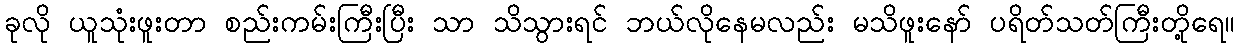
ခုလို ယူသုံးဖူးတာ စည်းကမ်းကြီးပြီး သာ သိသွားရင် ဘယ်လိုနေမလည်း မသိဖူးနော် ပရိတ်သတ်ကြီးတို့ရေ။